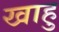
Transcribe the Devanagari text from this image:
खाहु